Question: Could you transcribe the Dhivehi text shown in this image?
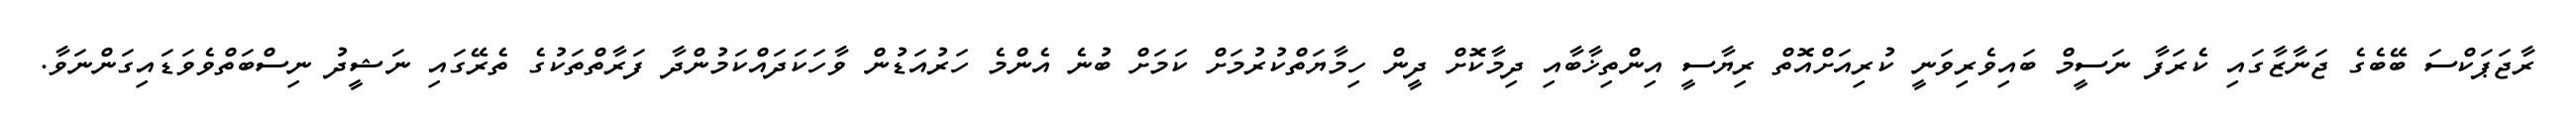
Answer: ރާޖަޕަކްސަ ބޭބެގެ ޖަނާޒާގައި ކެރަފާ ނަސީމް ބައިވެރިވަނީ ކުރިއަށްއޮތް ރިޔާސީ އިންތިޚާބާއި ދިމާކޮށް ދީން ހިމާޔަތްކުރުމަށް ކަމަށް ބުނެ އެންމެ ހަރުއަޑުން ވާހަކަދައްކަމުންދާ ފަރާތްތަކުގެ ތެރޭގައި ނަޝީދު ނިސްބަތްވެވަޑައިގަންނަވާ.